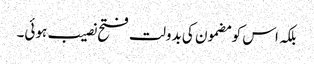
بلکہ اس کو مضمون کی بدولت فتح نصیب ہوئی۔